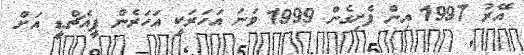
އޭރު 1997 އިން ފެށިގެން 1999 ވަނަ އަހަރަކީ އަހަރެން ޕީއެޗްޑީ އަށް